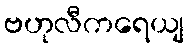
ဗဟုလီကရေယျ